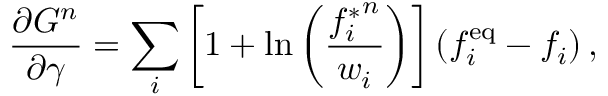
\frac { \partial G ^ { n } } { \partial \gamma } = \sum _ { i } \left[ 1 + \ln \left( \frac { { f _ { i } ^ { * } } ^ { n } } { w _ { i } } \right) \right] \left( f _ { i } ^ { \mathrm { e q } } - f _ { i } \right) ,